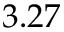
3 . 2 7